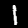
Digit: 1